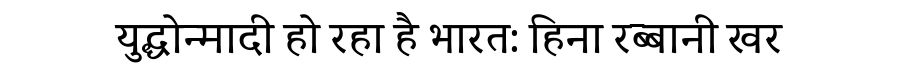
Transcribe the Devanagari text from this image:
युद्धोन्मादी हो रहा है भारत: हिना रब्बानी खर